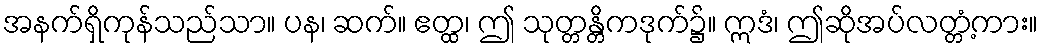
အနက်ရှိကုန်သည်သာ။ ပန၊ ဆက်။ ဧတ္ထ၊ ဤ သုတ္တန္တိကဒုက်၌။ ဣဒံ၊ ဤဆိုအပ်လတ္တံ့ကား။